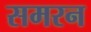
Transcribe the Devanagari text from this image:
समरन